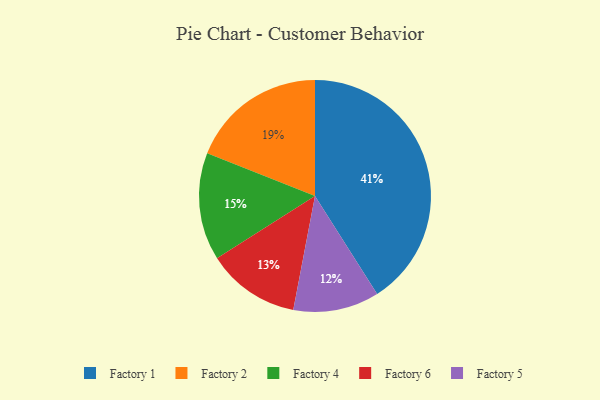
{"axis": {"x": "Category", "y": "Percentage"}, "legend": ["Factory 1", "Factory 2", "Factory 4", "Factory 5", "Factory 6"], "data": [{"x": "Factory 4", "y": 15, "type": "Factory 4"}, {"x": "Factory 1", "y": 41, "type": "Factory 1"}, {"x": "Factory 6", "y": 13, "type": "Factory 6"}, {"x": "Factory 2", "y": 19, "type": "Factory 2"}, {"x": "Factory 5", "y": 12, "type": "Factory 5"}]}